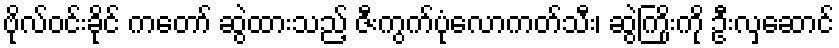
ဗိုလ်ဝင်းခိုင် ကတော် ဆွဲထားသည့် ဇီးကွက်ပုံလောကတ်သီး၊ ဆွဲကြိုးကို ဦးလှဆောင်